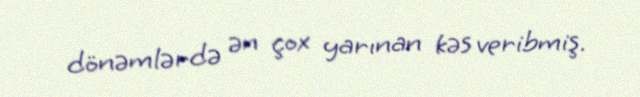
dönəmlərdə ən çox yarınan kəs veribmiş.